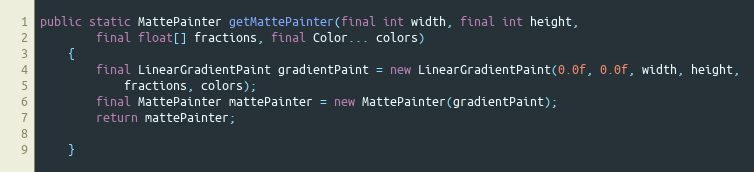
Language: Java
public static MattePainter getMattePainter(final int width, final int height,
		final float[] fractions, final Color... colors)
	{
		final LinearGradientPaint gradientPaint = new LinearGradientPaint(0.0f, 0.0f, width, height,
			fractions, colors);
		final MattePainter mattePainter = new MattePainter(gradientPaint);
		return mattePainter;

	}